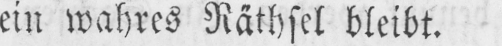
ein wahres Räthsel bleibt.